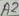
Text: A2